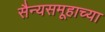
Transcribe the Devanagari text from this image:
सैन्यसमूहाच्या